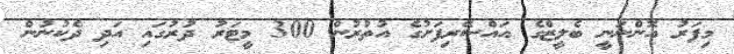
މިފަރު އޮންނަނީ ބެލީޒްގެ އައްސޭރިފަށުގެ އުތުރުން 300 މީޓަރު ދުރުގައި އަދި ދެކުނުން